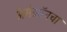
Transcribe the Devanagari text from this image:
अॅमेझॉनचा